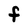
Character: F